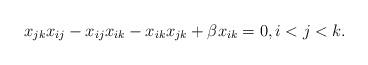
LaTeX: \begin{gather*}x_{jk}x_{ij}-x_{ij} x_{ik}-x_{ik} x_{jk}+\beta x_{ik}=0, i < j < k.\end{gather*}